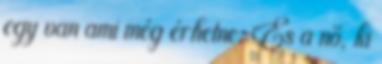
egy van ami még érhetne, És a nő, ki